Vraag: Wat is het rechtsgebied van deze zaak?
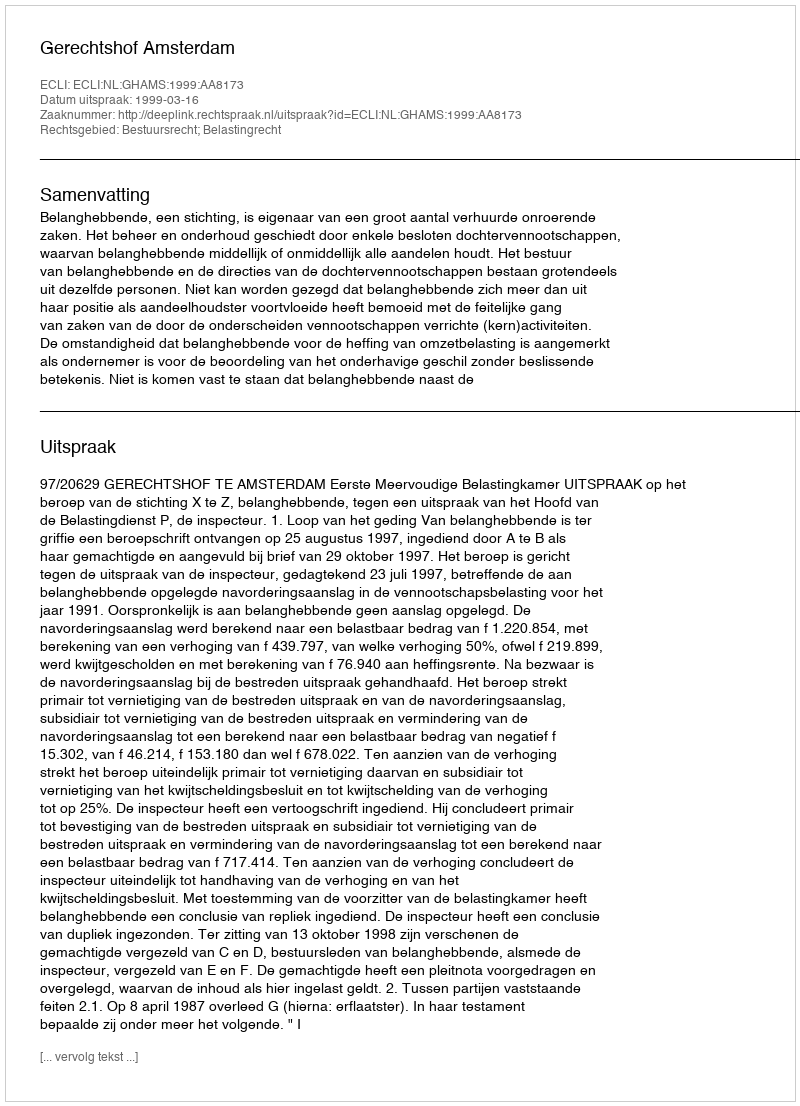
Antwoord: Bestuursrecht; Belastingrecht